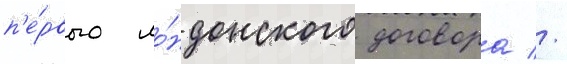
п'е́рвого ло́ндонского договора //